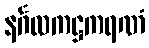
နင်္ဂလကဋ္ဌကရဏံ